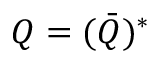
Q = ( \bar { Q } ) ^ { * }